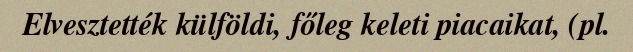
Elvesztették külföldi, főleg keleti piacaikat, (pl.